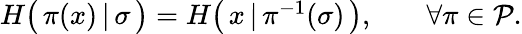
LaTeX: \begin{array}{rlr}{H\big(\, \pi(x)\, |\, \sigma\, \big)=H\big(\, x\, |\, \pi^{-1}(\sigma)\, \big),}&{{}}&{\forall\pi\in\mathcal{P}.}\end{array}